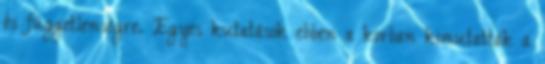
és függetlenségre. Egyes kutatások ebben a korban kimutatták a